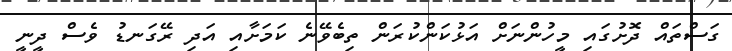
ގަސްތައް ދޮށުގައި މީހުންނަށް އަޅުކަންކުރަން ތިބެވޭނެ ކަމަށާއި އަދި ރޭގަނޑު ވެސް ދީނީ